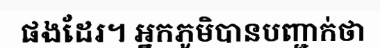
ផងដែរ។ អ្នកភូមិបានបញ្ជាក់ថា